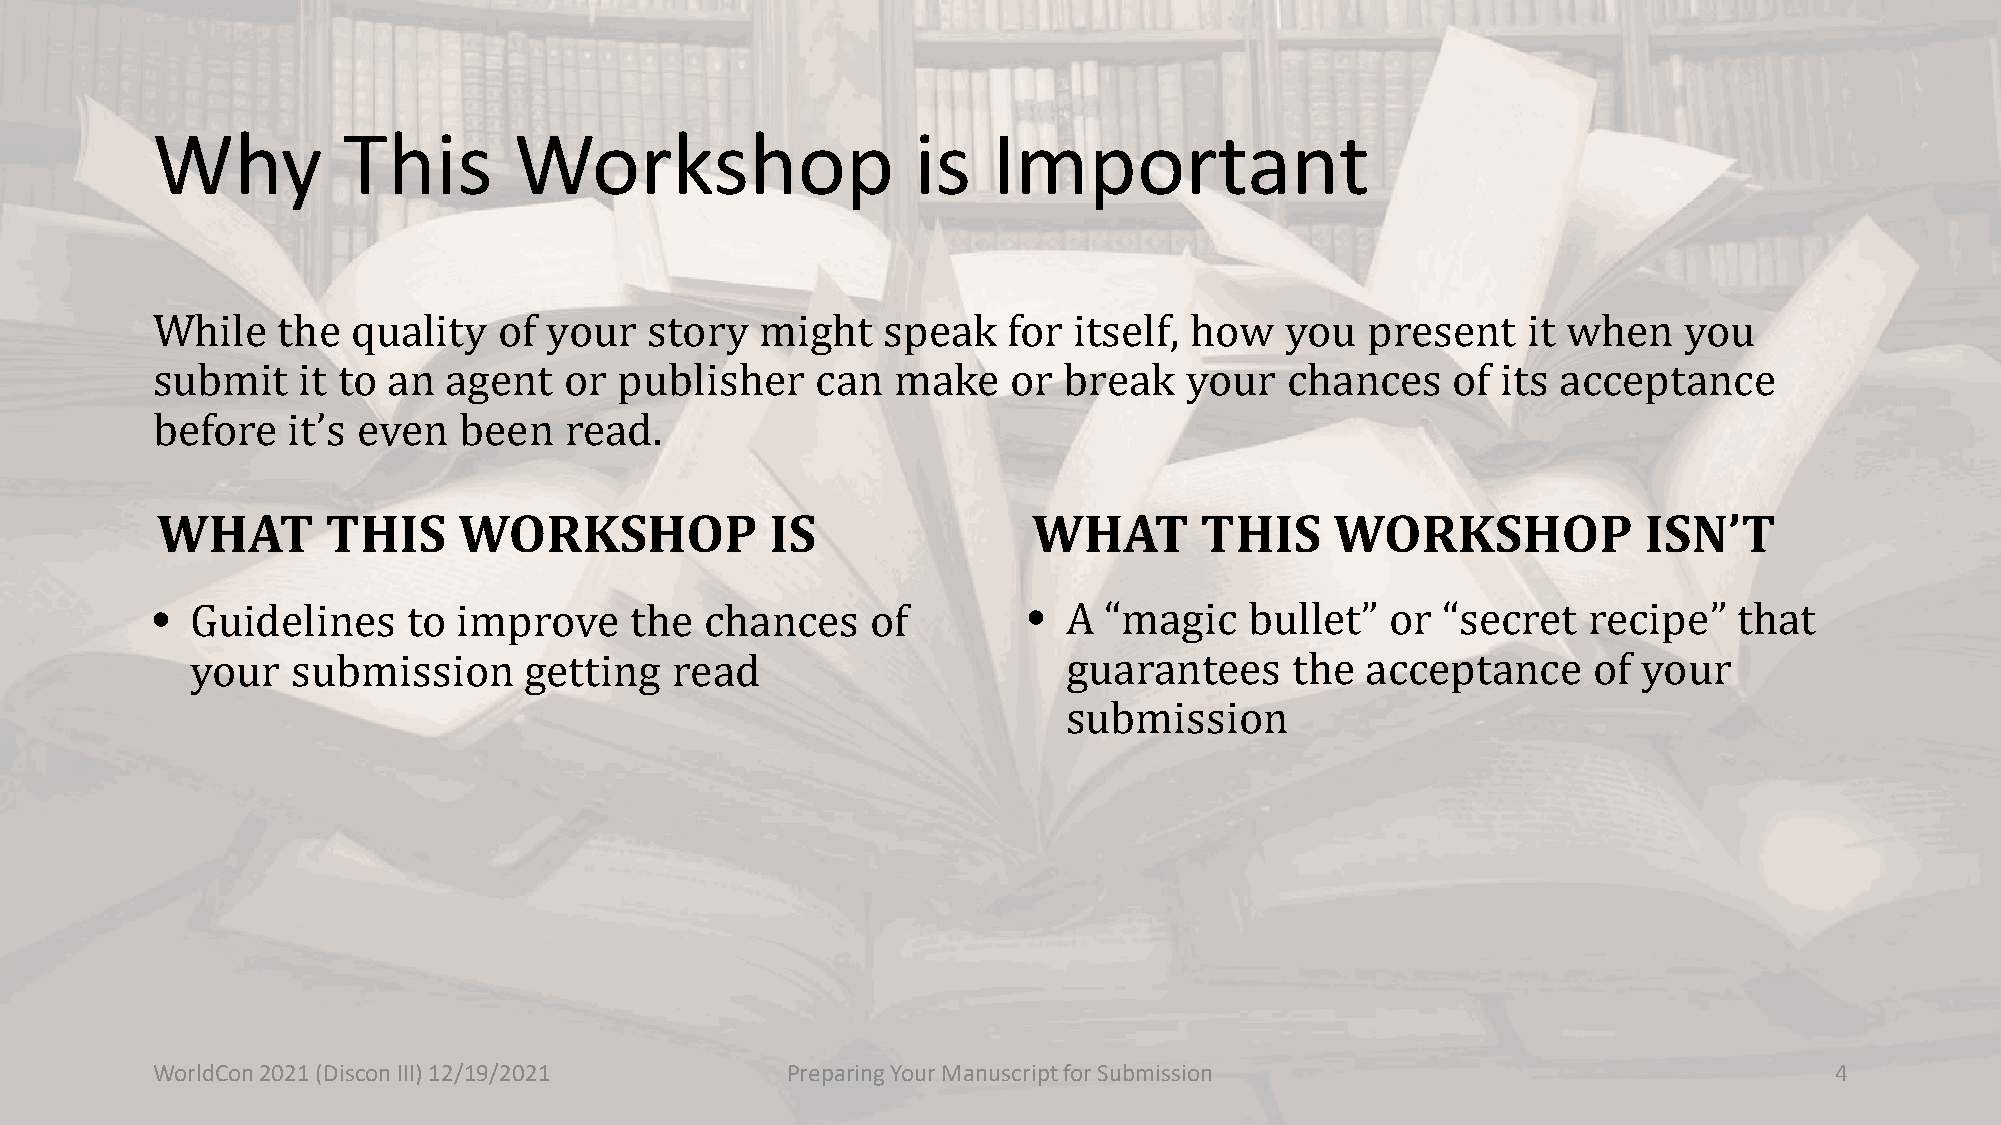
Why          This       Workshop                   is   Important
 While   the  quality   of your   story  might   speak    for itself, how   you  present    it when   you
 submit    it to an agent   or  publisher    can  make    or break   your   chances    of its acceptance
 bWefHorAe Tit ’Ts eHvIeSn WbeeOnR rKeaSdH. OP IS          WHAT       THIS     WORKSHOP             ISN’T
 •                                                         •
 Guidelines    to improve     the  chances    of           A “magic    bullet”  or “secret   recipe”   that
 your  submission      getting  read                       guarantees     the acceptance     of  your
 submission
 WorldCon 2021 (Discon III) 12/19/2021     Preparing Your Manuscript for Submission                             4